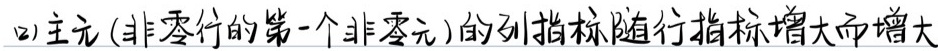
(2)主元 (非零行的第一个非零元)的列指标随行指标增大而增大